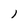
Character: l